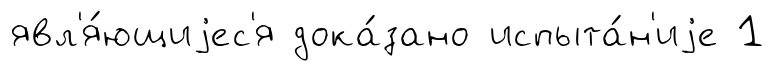
явл'я́ющиjес'я дока́зано испыта́н'иjе 1